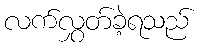
လက်လွှတ်ခဲ့ရသည်